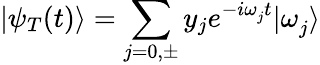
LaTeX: |\psi_{T}(t)\rangle=\sum_{\substack{j=0,\pm}}y_{j}e^{-i\omega_{j}^{}t}|\omega_{j}^{}\rangle